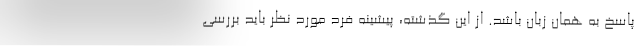
پاسخ به همان زبان باشد. از این گذشته، پیشینه فرد مورد نظر باید بررسی